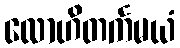
လောဟိတင်္ကမယံ